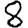
Digit: 8